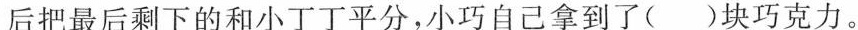
后把最后剩下的和小丁丁平分，小巧自己拿到了()块巧克力。